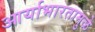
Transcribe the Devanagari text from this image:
आर्याभारतामुळे